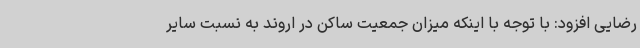
رضایی افزود: با توجه با اینکه میزان جمعیت ساکن در اروند به نسبت سایر